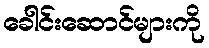
ခေါင်းဆောင်များကို